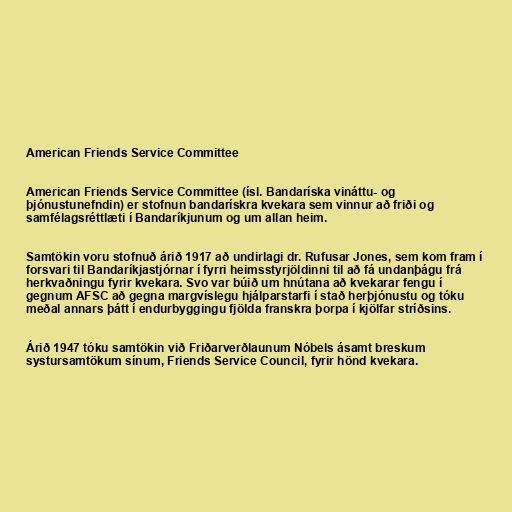
American Friends Service Committee

American Friends Service Committee (ísl. Bandaríska vináttu- og
þjónustunefndin) er stofnun bandarískra kvekara sem vinnur að friði og
samfélagsréttlæti í Bandaríkjunum og um allan heim.

Samtökin voru stofnuð árið 1917 að undirlagi dr. Rufusar Jones, sem kom fram í
forsvari til Bandaríkjastjórnar í fyrri heimsstyrjöldinni til að fá undanþágu frá
herkvaðningu fyrir kvekara. Svo var búið um hnútana að kvekarar fengu í
gegnum AFSC að gegna margvíslegu hjálparstarfi í stað herþjónustu og tóku
meðal annars þátt í endurbyggingu fjölda franskra þorpa í kjölfar stríðsins.

Árið 1947 tóku samtökin við Friðarverðlaunum Nóbels ásamt breskum
systursamtökum sínum, Friends Service Council, fyrir hönd kvekara.